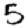
Digit: 5